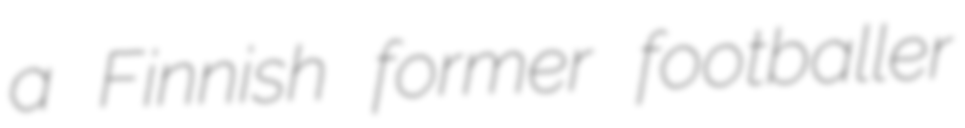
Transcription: a Finnish former footballer